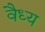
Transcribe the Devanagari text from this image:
वैध्य